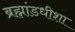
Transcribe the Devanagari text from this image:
ब्रह्मांडधीशा